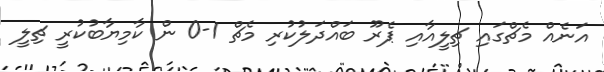
އަނެއް މެޗްގައި ޗިލީއާއި ޕެރޫ ބައްދަލުކުރި މެޗް 1-0 ން ކާމިޔާބުކުރީ ޗިލީ